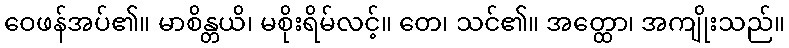
ဝေဖန်အပ်၏။ မာစိန္တယိ၊ မစိုးရိမ်လင့်။ တေ၊ သင်၏။ အတ္ထော၊ အကျိုးသည်။